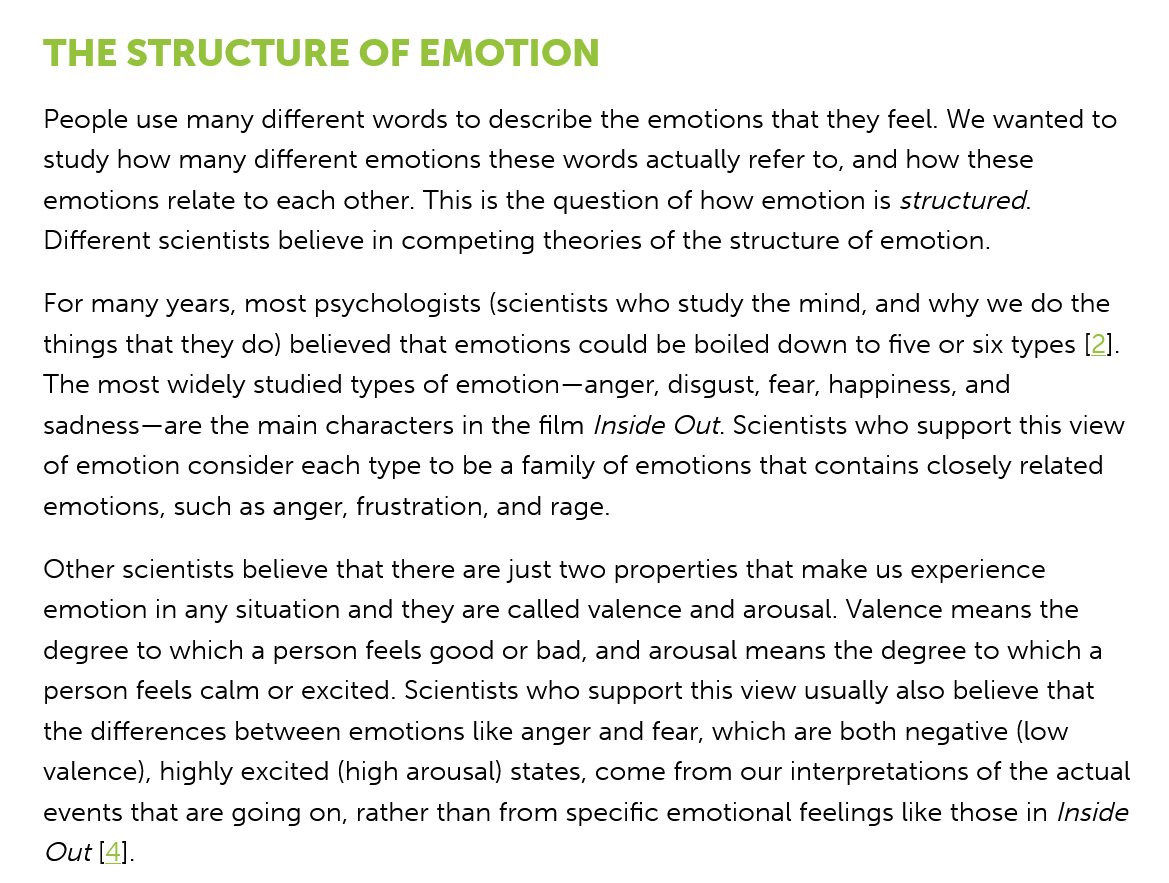
THE   STRUCTURE    OF  EMOTION
    People use many different words to describe the emotions that they feel. We wanted to
    study how many different emotions these words actually refer to, and how these
    emotions relate to each other. This is the question of how emotion is structured.
    Different scientists believe in competing theories of the structure of emotion.
    For many years, most psychologists (scientists who study the mind, and why we do the
    things that they do) believed that emotions could be boiled down to five or six types [2].
    The most widely studied types of emotion—anger, disgust, fear, happiness, and
    sadness—are the main characters in the film /nside Out. Scientists who support this view
    of emotion consider each type to be a family of emotions that contains closely related
    emotions, such as anger, frustration, and rage.
    Other scientists believe that there are just two properties that make us experience
    emotion in any situation and they are called valence and arousal. Valence means the
    degree to which a person feels good or bad, and arousal means the degree to which a
    person feels calm or excited. Scientists who support this view usually also believe that
    the differences between emotions like anger and fear, which are both negative (low
    valence), highly excited (high arousal) states, come from our interpretations of the actual
    events that are going on, rather than from specific emotional feelings like those in /nside
    Out [4].